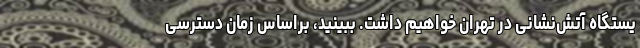
یستگاه آتش‌نشانی در تهران خواهیم داشت. ببینید، براساس زمان دسترسی